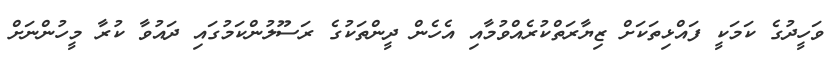
ވަހީދުގެ ކަމަކީ ފައްޅިތަކަށް ޒިޔާރަތްކުރެއްވުމާއި އެހެން ދީންތަކުގެ ރަސޫލުންކަމުގައި ދައުވާ ކުރާ މީހުންނަށް